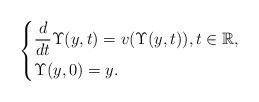
\begin{align*}\begin{dcases}\dfrac{d}{dt} \Upsilon (y,t) = v(\Upsilon(y, t)), t \in \mathbb{R}, \\\Upsilon(y, 0) = y.\end{dcases}\end{align*}